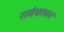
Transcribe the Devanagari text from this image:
राजेश्वरकर